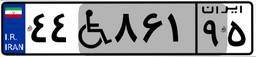
۱۵W۳۷۱۲۵